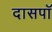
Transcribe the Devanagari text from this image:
दासपॉ